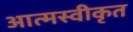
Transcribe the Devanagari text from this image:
आत्‍मस्‍वीकृत